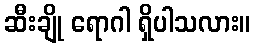
ဆီးချို ရောဂါ ရှိပါသလား။